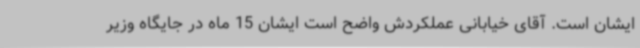
ایشان است. آقای خیابانی عملکردش واضح است ایشان 15 ماه در جایگاه وزیر